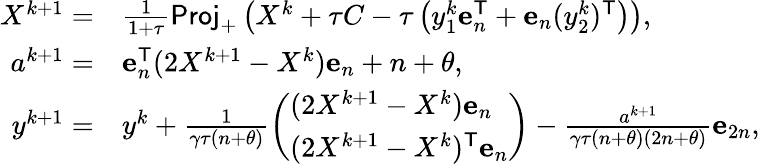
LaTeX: \begin{array}{rl}{X^{k+1}=}&{\frac{1}{1+\tau}\mathsf{Proj}_{+}\left(X^{k}+\tau C-\tau\left(y_{1}^{k}\mathbf{e}_{n}^{\mathsf{T}}+\mathbf{e}_{n}(y_{2}^{k})^{\mathsf{T}}\right)\right),}\\ {a^{k+1}=}&{\mathbf{e}_{n}^{\mathsf{T}}(2X^{k+1}-X^{k})\mathbf{e}_{n}+n+\theta,}\\ {y^{k+1}=}&{y^{k}+\frac{1}{\gamma\tau(n+\theta)}\left(\begin{array}{l}{(2X^{k+1}-X^{k})\mathbf{e}_{n}}\\ {(2X^{k+1}-X^{k})^{\mathsf{T}}\mathbf{e}_{n}}\end{array}\right)-\frac{a^{k+1}}{\gamma\tau(n+\theta)(2n+\theta)}\mathbf{e}_{2n},}\end{array}